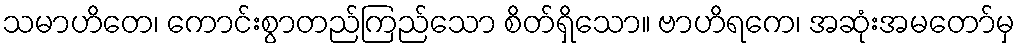
သမာဟိတေ၊ ကောင်းစွာတည်ကြည်သော စိတ်ရှိသော။ ဗာဟိရကေ၊ အဆုံးအမတော်မှ